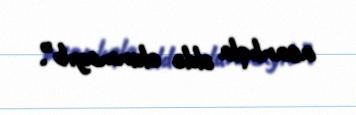
asanlıqla əldə olunmayıb”.